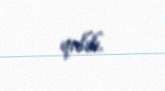
qalıb.